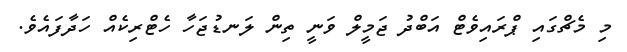
މި މެޗްގައި ޕްރައިވެޓް އަބްދު ޖަމީލް ވަނީ ތިން ލަނޑުޖަހާ ހެޓްރިކެއް ހަދާފައެވެ.